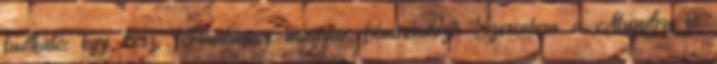
tudható: egy kész, formátumos magyar filmrendező. Szerintem a Mundruczó